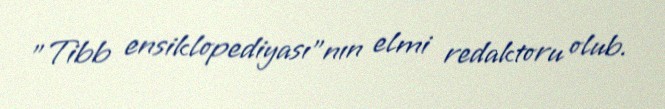
"Tibb ensiklopediyası"nın elmi redaktoru olub.